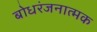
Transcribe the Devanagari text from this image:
बोधरंजनात्मक